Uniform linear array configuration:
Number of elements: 64
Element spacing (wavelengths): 0.75
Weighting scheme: exponential
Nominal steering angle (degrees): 15
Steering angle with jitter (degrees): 14.733
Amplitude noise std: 0.05
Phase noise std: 0.05

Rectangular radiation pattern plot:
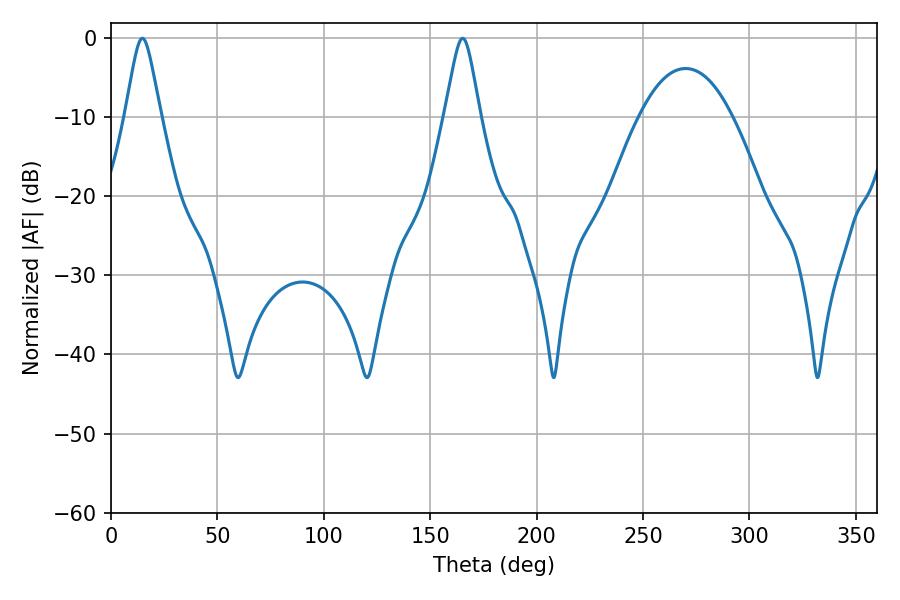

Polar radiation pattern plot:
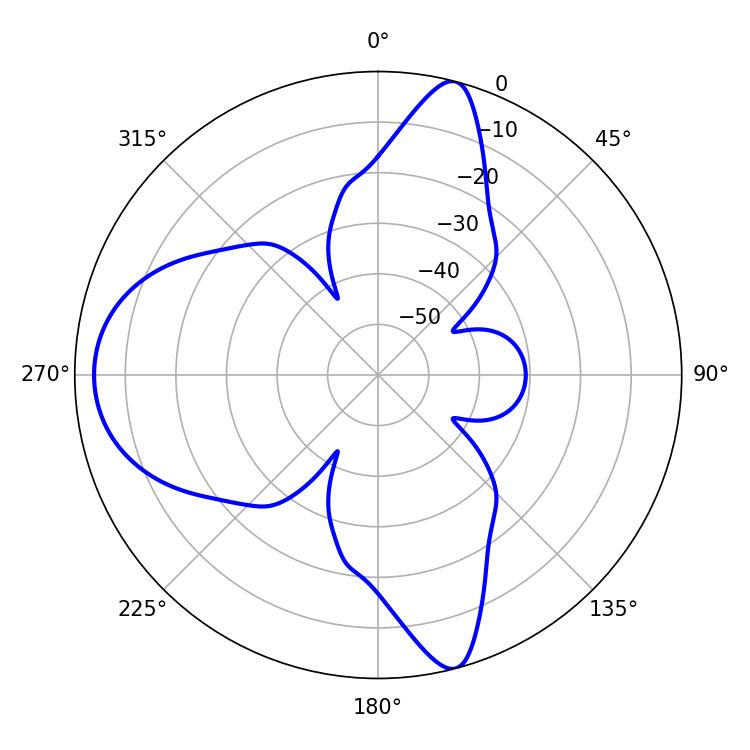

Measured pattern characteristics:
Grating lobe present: TRUE
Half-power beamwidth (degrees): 7.92
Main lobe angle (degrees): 14.76